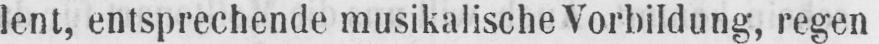
lent, entsprechende musikalischeVorbildung, regen